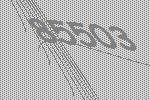
85503